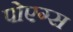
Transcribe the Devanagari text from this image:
पोएग्स